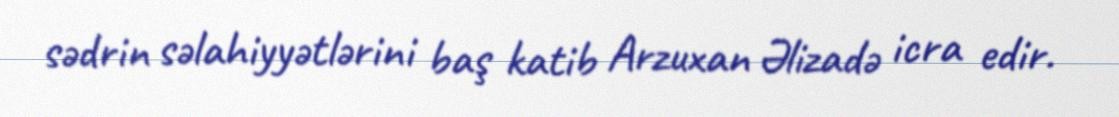
sədrin səlahiyyətlərini baş katib Arzuxan Əlizadə icra edir.